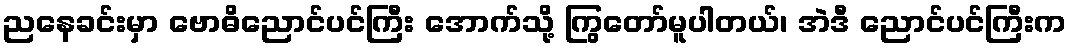
ညနေခင်းမှာ ဗောဓိညောင်ပင်ကြီး အောက်သို့ ကြွတော်မူပါတယ်၊ အဲဒီ ညောင်ပင်ကြီးက